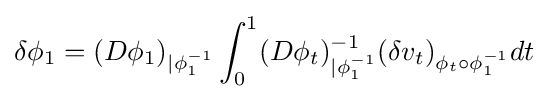
\delta \phi _{1}=(D\phi _{1})_{|\phi _{1}^{-1}}\int _{0}^{1}(D\phi _{t})_{|\phi _{1}^{-1}}^{-1}(\delta v_{t})_{\phi _{t}\circ \phi _{1}^{-1}}dt